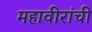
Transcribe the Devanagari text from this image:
महावीरांची